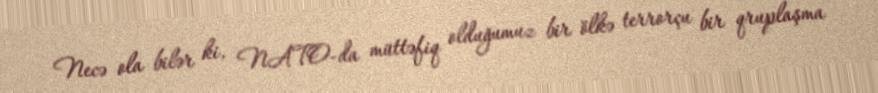
Necə ola bilər ki, NATO-da müttəfiq olduğumuz bir ölkə terrorçu bir qruplaşma